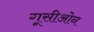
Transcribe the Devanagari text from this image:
गूसीओन